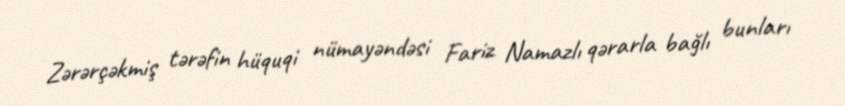
Zərərçəkmiş tərəfin hüquqi nümayəndəsi Fariz Namazlı qərarla bağlı bunları